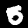
Label: 5